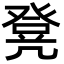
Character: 凳